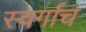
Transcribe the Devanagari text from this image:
स्वर्गाच